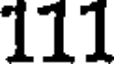
111